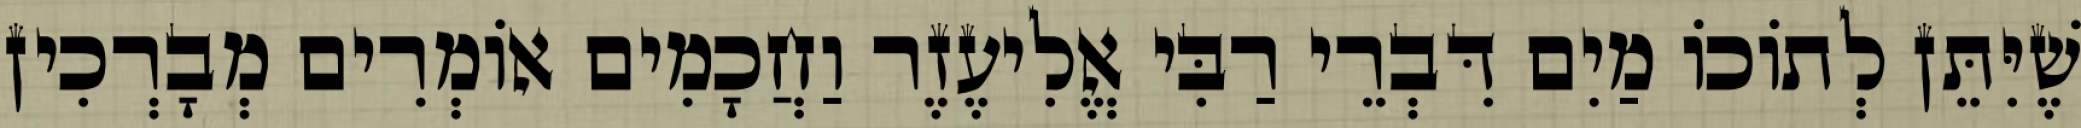
שֶׁיִּתֵּן לְתוֹכוֹ מַיִם דִּבְרֵי רַבִּי אֱלִיעֶזֶר וַחֲכָמִים אוֹמְרִים מְבָרְכִין